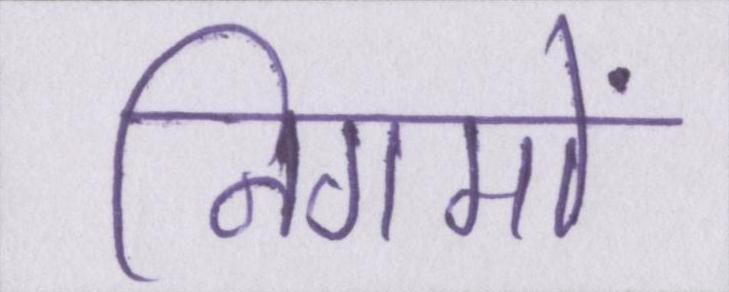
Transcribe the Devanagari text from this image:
निगमों